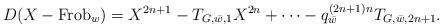
LaTeX: \begin{align*}D(X-\mathrm{Frob}_{w}) = X^{2n+1} - T_{G, \bar{w}, 1}X^{2n}+\dots -q^{(2n+1)n}_{\bar{w}} T_{G,\bar{w},2n+1}.\end{align*}